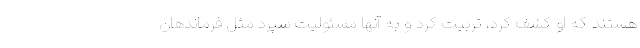
هستند که او کشف کرد، تربیت کرد و به آنها مسئولیت سپرد مثل فرماندهان